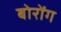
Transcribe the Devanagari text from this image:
बोरोंग